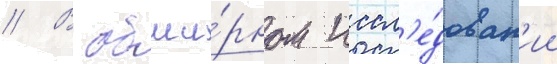
// В обши́рном иссл'е́дован'ии